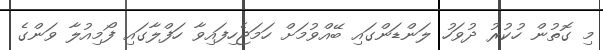
މި ގޮތުން ހުކުރު ދުވަހު ލަންޑަންގައި ބޭއްވުމަށް ހަމަޖެހިފައިވާ ހަފްލާގައި ފޯމިއުލާ ވަންގެ